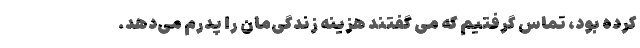
کرده بود، تماس گرفتیم که می گفتند هزینه زندگی‌مان را پدرم می‌دهد.